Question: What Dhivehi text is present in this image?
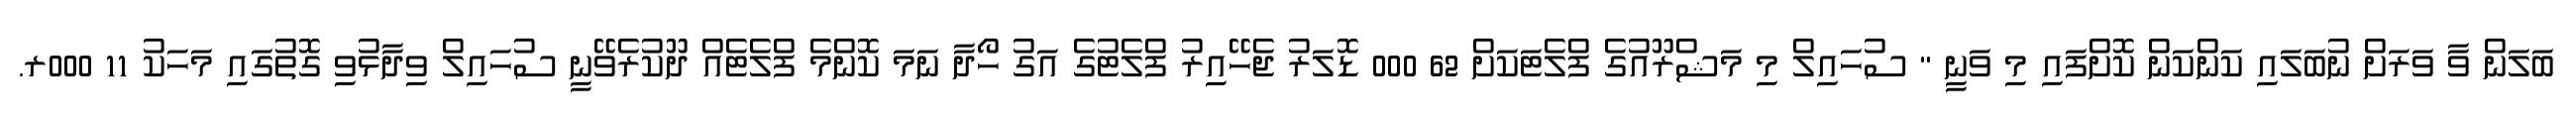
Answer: ބަލަން ވާ ވަރަށް ނުބަލައި ކަންކަން ކޮށްފައި މި ވަނީ " ސުހައިލް މި މަޝްރޫއުގެ ފްލެޓަކަށް 62 000 ޑޮލަރު ޖެހޭއިރު ފްލެޓުގެ އަގު ހޯދާ ނަމަ ކޮންމެ ފްލެޓެއް ދޫކުރެވޭނީ ސުހައިލް ވިދާޅުވި ގޮތުގައި މަހަކު 11 000ރ.